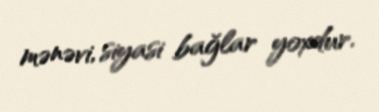
mənəvi, siyasi bağlar yoxdur.